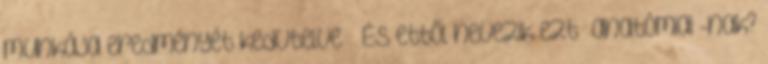
munkája eredményét kedvtelve – És ettől nevezik ezt “anatómiai”-nak?